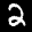
Label: 2